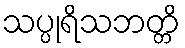
သပ္ပုရိသဘတ္တိ